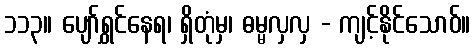
၁၁၃။ ပျော်ရွှင်နေရ၊ ရှိတုံမှ၊ ဓမ္မလှလှ - ကျင့်နိုင်သောဝ်။